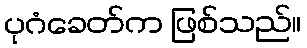
ပုဂံခေတ်က ဖြစ်သည်။